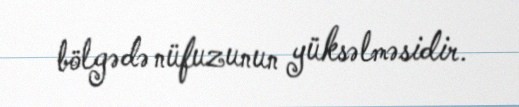
bölgədə nüfuzunun yüksəlməsidir.